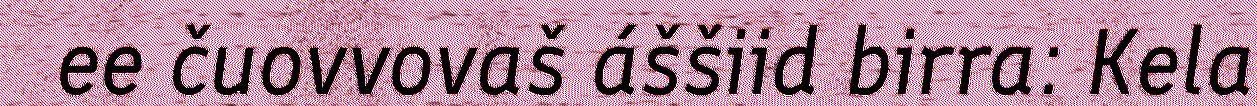
ee čuovvovaš áššiid birra: Kela